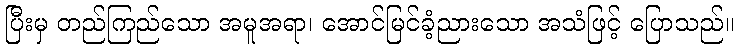
ပြီးမှ တည်ကြည်သော အမူအရာ၊ အောင်မြင်ခံ့ညားသော အသံဖြင့် ပြောသည်။